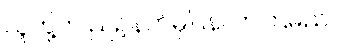
သူတို့က ညဉ့်နက်မှပြန်လာကြမည်။